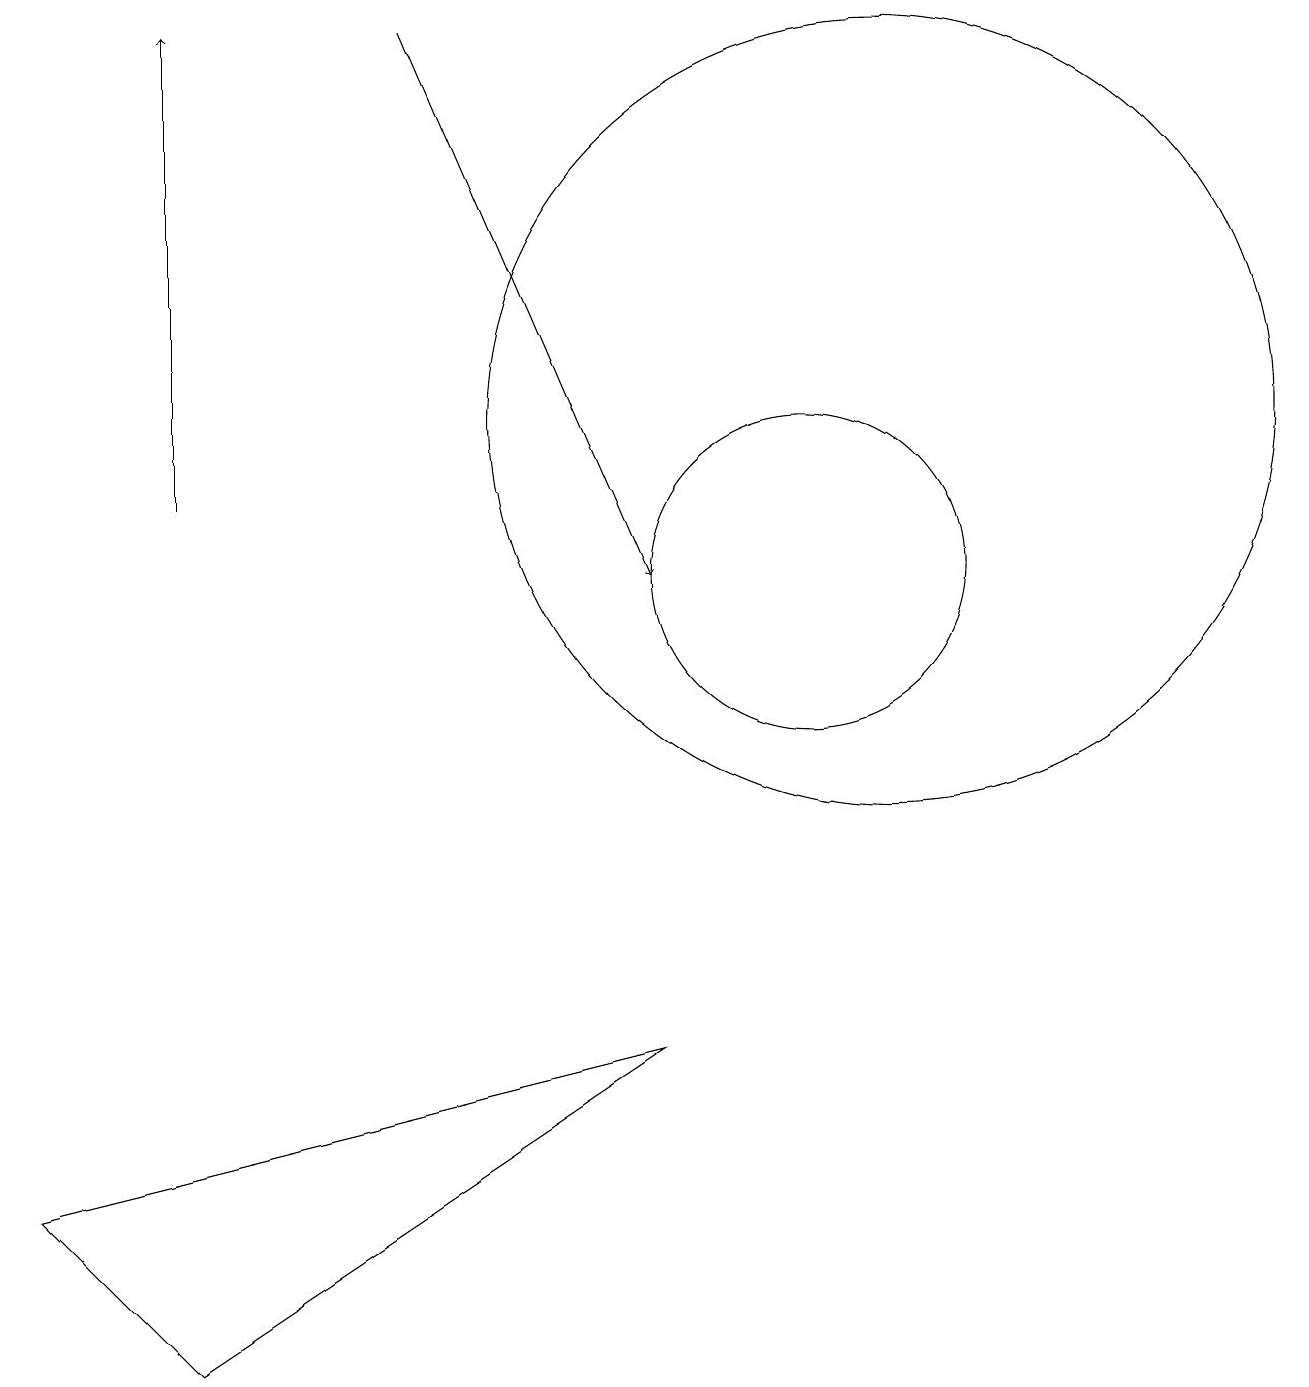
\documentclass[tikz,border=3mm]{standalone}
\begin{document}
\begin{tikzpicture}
\draw (2,0) -- (8,4) -- (0,2) -- cycle;
\draw[->] (5,17) -- (8,10);
\draw[->] (2,11) -- (2,17);
\draw (10,10) circle (2);
\draw (11,12) circle (5);
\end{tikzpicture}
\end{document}